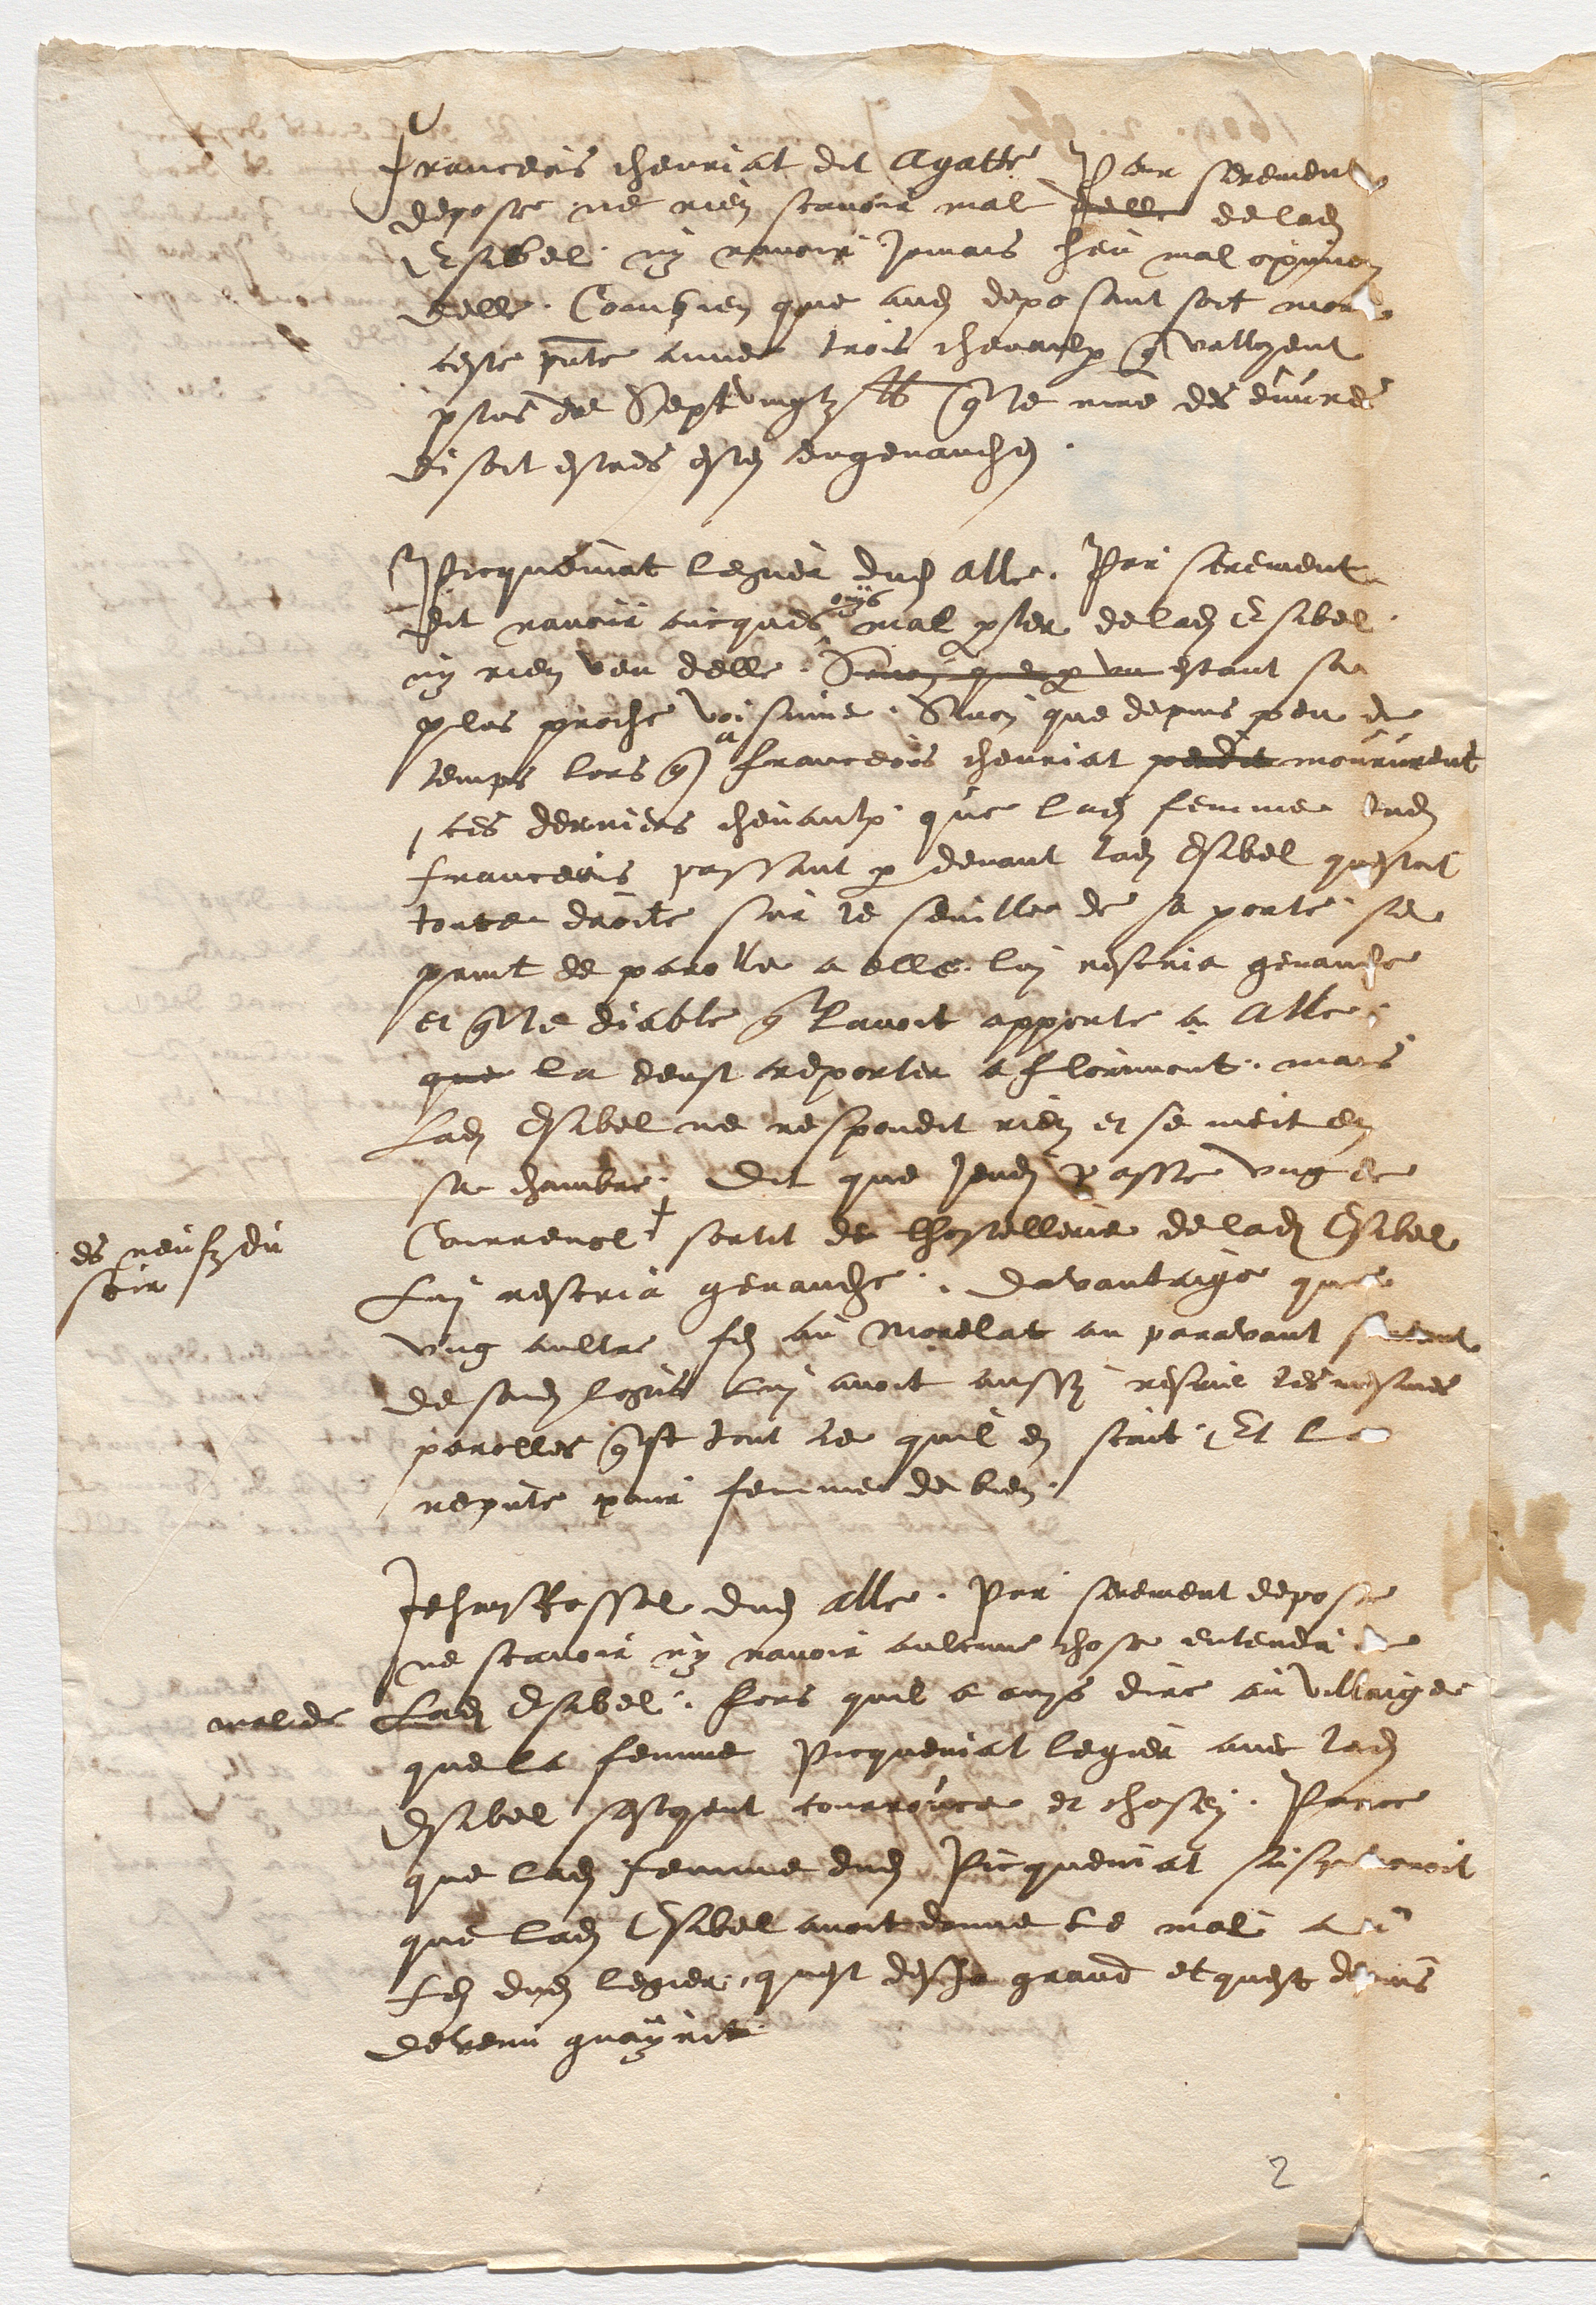
Franceois chevriat dit Agatte Par serement
depose ne rien scavoir mal delle de ladite
Esibel ny navoir jamais heu mal opinon
delle Combien que audit deposant soit mort
ceste presente annee trois chevaulx que valloyent
plus de Sept vingtz lb que le maitre des euvres
disoit estres estes engenauches

Picqueniat legier dudit alle Par serement
dit navoir oncques
ouys
mal parler de ladite Esibel
ny rien veu delle Sinon que par un estant sa
plus proche voisinne Sinon que depuis peu de
temps lors que
a
franceois chevriat perdit moururent
ces derniers chevaulx que ladite femme dudit
fanceois passant par devant ladite Esibel questoit
toute droite sur le seuille de sa porte se
print de parolle a elle lui rescria genauche
et que le diable que lavoit apporte a Alle
que la deust reporter a florimont, mais
Ladite Esibel ne respondit rien et se meit en
sa chambre. Dit que jeudi passe ung de
Courrenol #
es neufz du
soir
sortit de lhostellerie de ladite Esibel
Lui rescria genauche davantaige que
ung aultre fils au Morelat au paravant sortant
de sondit logis lui avoit aussy rescrie les mesmes
parolles quest tout ce quil en scait Et la
repute pour femme de bien.

Jehan Rossel dudit alle Par serement depose
ne scavoir ny navoir aulcune chose entendu de
mal de ladite Esibel fors quil a ouys dire au villaige
que la femme Picqueniat legier avec ladite
Esibel sestoyent courrouce et chosey Parce
que ladite femme dudit Picqueniat suspitionoit
que ladite Esibel avoit donne le mal au
filz dudit legier quest desja grand et quest depuis
devenu guayrit

2